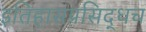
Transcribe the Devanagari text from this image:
इतिहासप्रसिद्धच